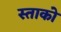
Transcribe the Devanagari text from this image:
स्ताको